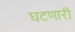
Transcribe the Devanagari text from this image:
घटणारी